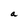
Character: a